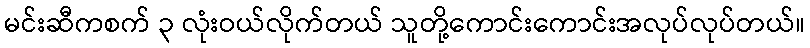
မင်းဆီကစက် ၃ လုံးဝယ်လိုက်တယ် သူတို့ကောင်းကောင်းအလုပ်လုပ်တယ်။